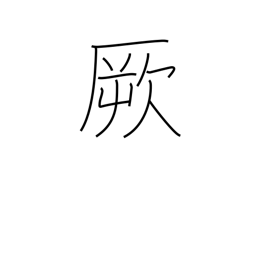
Meaning: that